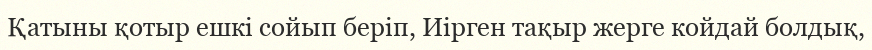
Қатыны қотыр ешкі сойып беріп, Иірген тақыр жерге койдай болдық,